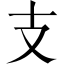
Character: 支